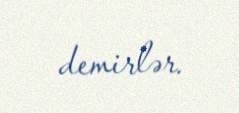
demirlər.